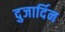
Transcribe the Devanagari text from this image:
दुजार्दिन